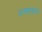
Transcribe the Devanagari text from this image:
अख्याइका